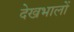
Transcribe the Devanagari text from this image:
देखभालों